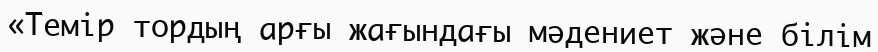
«Темір тордың арғы жағындағы мәдениет және білім